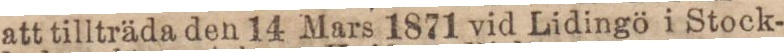
att tillträda den 14 Mars 1871 vid Lidingö i Stock-